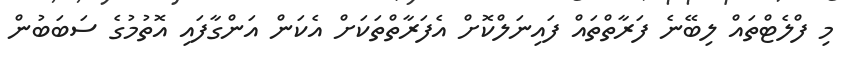
މި ފްލެޓްތައް ލިބޭނެ ފަރާތްތައް ފައިނަލްކޮށް އެފަރާތްތަކަށް އެކަން އަންގާފައި އޮތުމުގެ ސަބަބުން